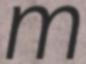
m